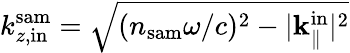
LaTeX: k_{z,\mathrm{in}}^{\mathrm{sam}}=\sqrt{(n_{\mathrm{sam}}\omega/c)^{2}-|{\mathbf k}_{\parallel}^{\mathrm{in}}|^{2}}